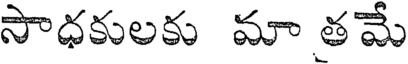
సాధకులకు మా తమే